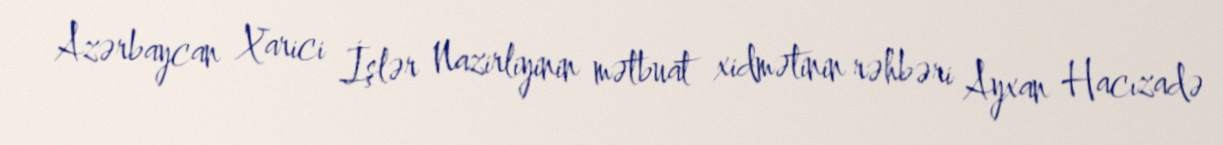
Azərbaycan Xarici İşlər Nazirliyinin mətbuat xidmətinin rəhbəri Ayxan Hacızadə